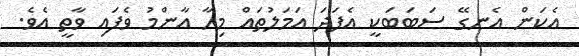
އެކަން އެނގޭ ސަބަބަކީ އެފަދަ އަމަލުތައް މިހާ އާންމު ވެފައި ވާތީ އެވެ.